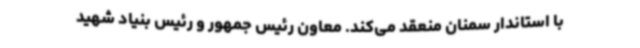
با استاندار سمنان منعقد می‌کند. معاون رئیس جمهور و رئیس بنیاد شهید